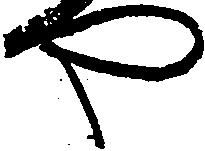
や